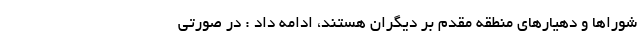
شوراها و دهیارهای منطقه مقدم بر دیگران هستند، ادامه داد : در صورتی